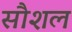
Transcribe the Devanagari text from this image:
सौशल